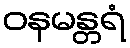
ဝနမန္တရံ